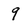
Character: 9